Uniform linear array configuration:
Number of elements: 32
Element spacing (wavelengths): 0.25
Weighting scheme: cosine
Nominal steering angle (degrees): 45
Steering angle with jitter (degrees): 43.435
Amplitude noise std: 0.05
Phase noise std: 0.05

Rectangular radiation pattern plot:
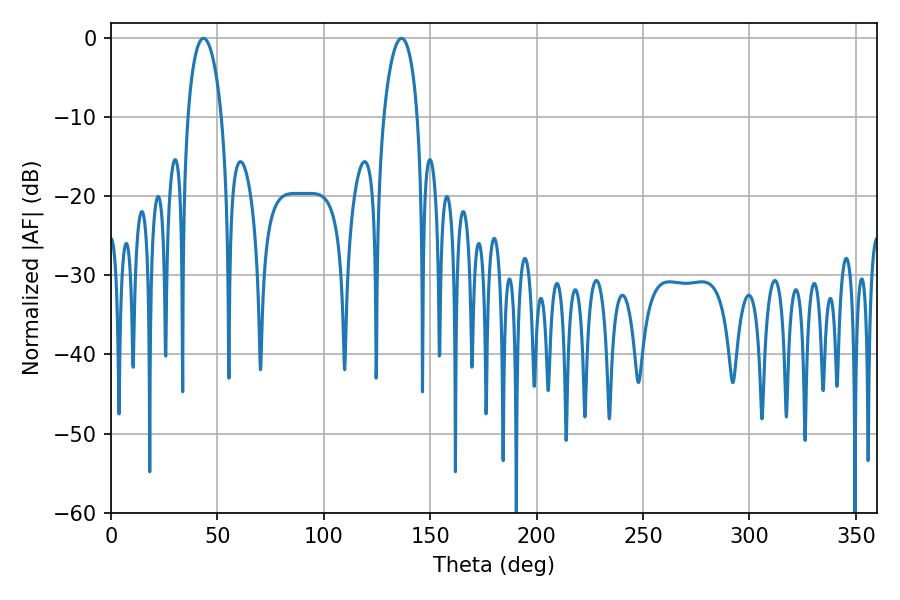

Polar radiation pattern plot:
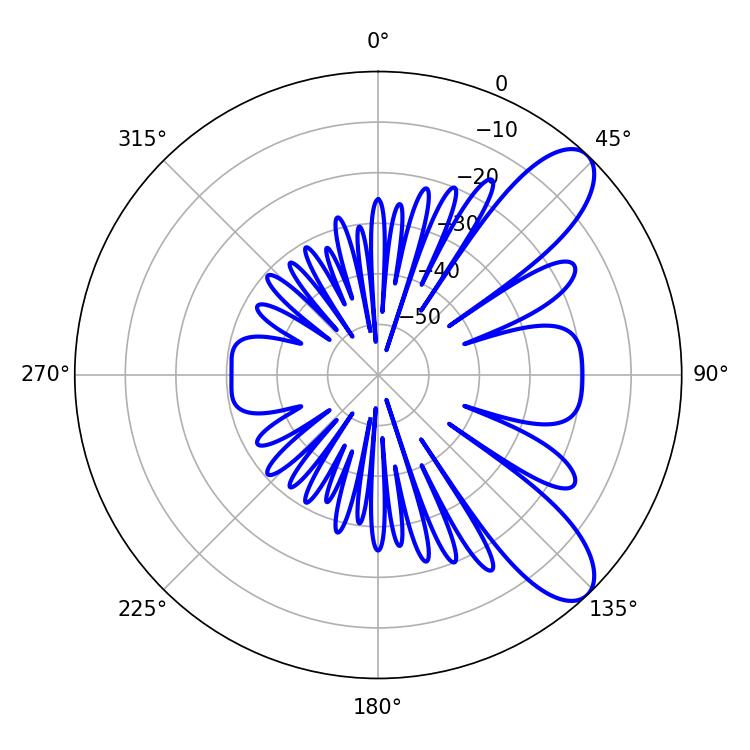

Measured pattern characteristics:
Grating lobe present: FALSE
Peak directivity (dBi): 9.182
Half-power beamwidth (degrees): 9.18
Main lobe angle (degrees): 43.38